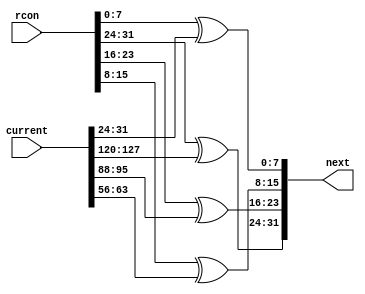
module KeyXOR1(rcon, current, next);

    input [31:0] rcon;
    input [127:0] current;
    output [31:0] next;
    
    assign next[31:24] = rcon[31:24] ^ current[127:120];
    assign next[23:16] = rcon[23:16] ^ current[95:88];
    assign next[15:8] = rcon[15:8] ^ current[63:56];
    assign next[7:0] = rcon[7:0] ^ current[31:24];

endmodule

module KeyXOR2(word, current, next);

    input [31:0] word;
    input [127:0] current;
    output [31:0] next;
    
    assign next[31:24] = word[31:24] ^ current[119:112];
    assign next[23:16] = word[23:16] ^ current[87:80];
    assign next[15:8] = word[15:8] ^ current[55:48];
    assign next[7:0] = word[7:0] ^ current[23:16];

endmodule

module KeyXOR3(word, current, next);

    input [31:0] word;
    input [127:0] current;
    output [31:0] next;
    
    assign next[31:24] = word[31:24] ^ current[111:104];
    assign next[23:16] = word[23:16] ^ current[79:72];
    assign next[15:8] = word[15:8] ^ current[47:40];
    assign next[7:0] = word[7:0] ^ current[15:8];

endmodule

module KeyXOR4(word, current, next);

    input [31:0] word;
    input [127:0] current;
    output [31:0] next;
    
    assign next[31:24] = word[31:24] ^ current[103:96];
    assign next[23:16] = word[23:16] ^ current[71:64];
    assign next[15:8] = word[15:8] ^ current[39:32];
    assign next[7:0] = word[7:0] ^ current[7:0];

endmodule